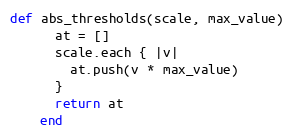
Language: Ruby
def abs_thresholds(scale, max_value)
      at = []
      scale.each { |v|
        at.push(v * max_value)
      }
      return at
    end